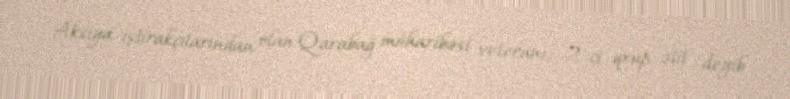
Aksiya iştirakçılarından olan Qarabağ müharibəsi veteranı, 2-ci qrup əlil deyib